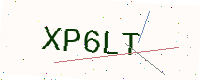
Text: XP6LT